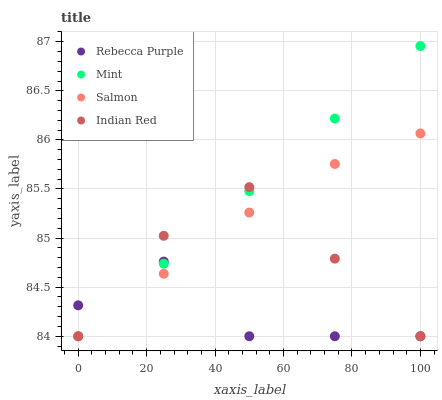
| xaxis_label | Rebecca Purple | Mint | Salmon | Indian Red |
 | --- | --- | --- | --- | --- |
 | 0 | 84.3 | 84 | 84 | 84 |
 | 25 | 84.8 | 84.7 | 84.6 | 85 |
 | 50 | 84 | 85.5 | 85.3 | 85.5 |
 | 75 | 84 | 86.2 | 85.8 | 84.8 |
 | 100 | 84 | 87 | 86.1 | 84 |